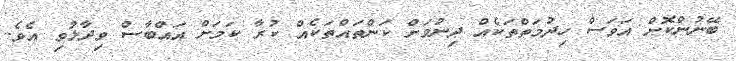
ބޭނުންކޮށް އަވަސް ހިދުމަތްތަކެއް ދިނުމަށް ކަންތައްތަކެއްް ކުރާ ކަމަށް އައްބާސް ވިދާޅުވި އެވެ.